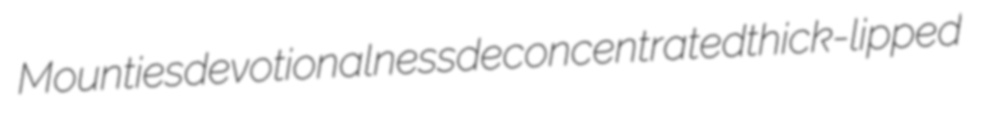
Mounties devotionalness deconcentrated thick-lipped